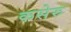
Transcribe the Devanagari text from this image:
कसेरु